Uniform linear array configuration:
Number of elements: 24
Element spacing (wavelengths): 1
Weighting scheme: hann
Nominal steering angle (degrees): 60
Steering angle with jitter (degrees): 60.79
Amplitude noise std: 0.05
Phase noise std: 0.05

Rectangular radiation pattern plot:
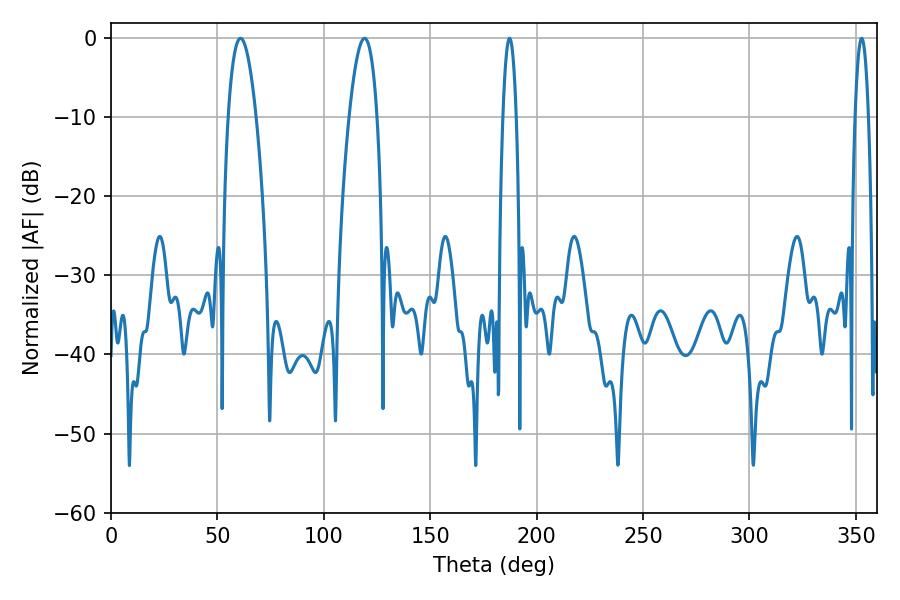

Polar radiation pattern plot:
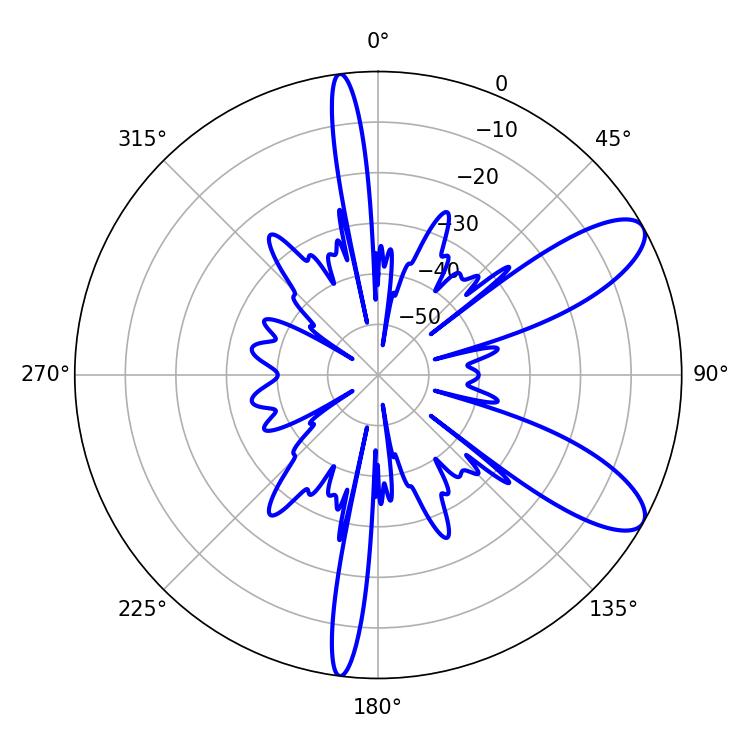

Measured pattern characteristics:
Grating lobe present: TRUE
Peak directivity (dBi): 9.559
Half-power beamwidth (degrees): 7.2
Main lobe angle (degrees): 60.84